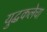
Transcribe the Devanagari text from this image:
युद्धकलेचा